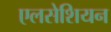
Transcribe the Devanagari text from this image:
एलसेशियन